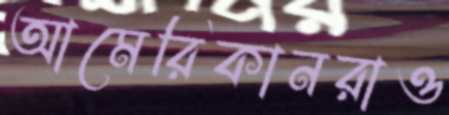
আমেরিকানরাও